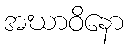
အဃာဝိနော